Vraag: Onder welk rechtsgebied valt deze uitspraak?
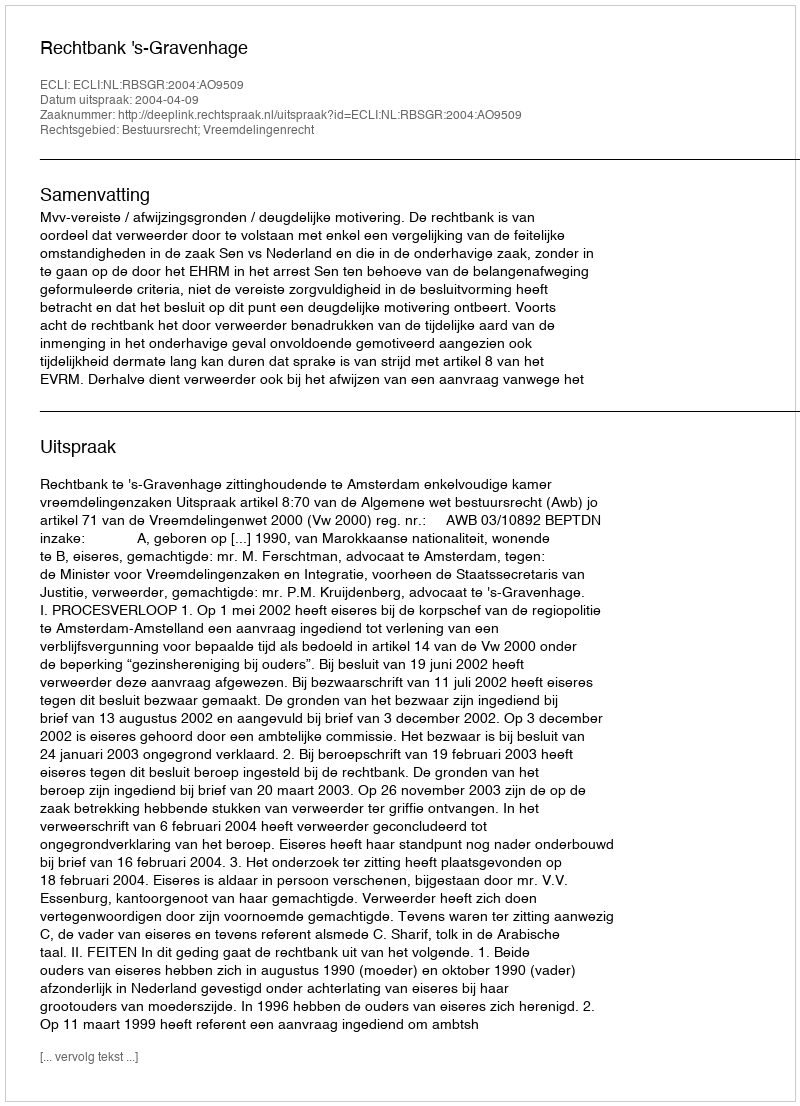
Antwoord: Bestuursrecht; Vreemdelingenrecht